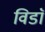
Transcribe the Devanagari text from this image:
विडाॅ